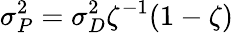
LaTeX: \sigma_{P}^{2}=\sigma_{D}^{2}\zeta^{-1}(1-\zeta)